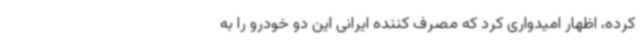
کرده، اظهار امیدواری کرد که مصرف کننده ایرانی این دو خودرو را به